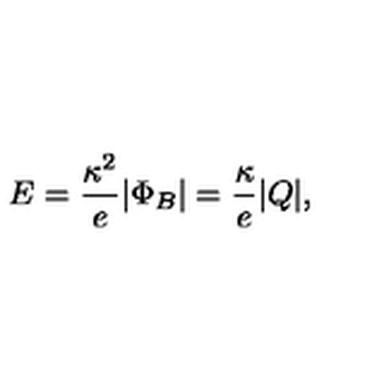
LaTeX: E = { \frac { \kappa ^ { 2 } } { e } } | \Phi _ { B } | = { \frac { \kappa } { e } } | Q | ,